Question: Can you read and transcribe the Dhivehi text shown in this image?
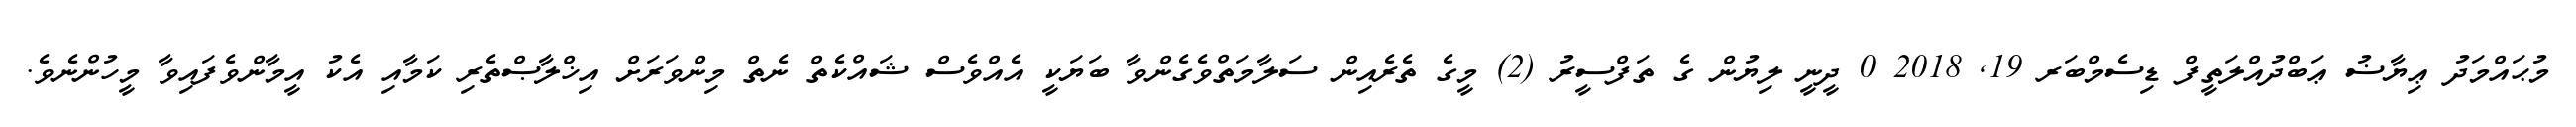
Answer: މުޙައްމަދު ޢިޔާޟު ޢަބްދުއްލަތީފް ޑިސެމްބަރ 19, 2018 0 ދީނީ ލިޔުން ގެ ތަފްސީރު (2) މީގެ ތެރެއިން ސަލާމަތްވެގެންވާ ބަޔަކީ އެއްވެސް ޝައްކެތް ނެތް މިންވަރަށް އިޚްލާޞްތެރި ކަމާއި އެކު އީމާންވެފައިވާ މީހުންނެވެ.